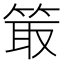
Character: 箃